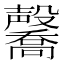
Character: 毊